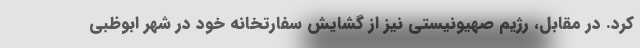
کرد. در مقابل، رژیم صهیونیستی نیز از گشایش سفارتخانه خود در شهر ابوظبی